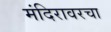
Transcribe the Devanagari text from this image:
मंदिरावरचा